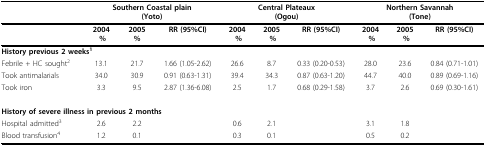
<table><thead><tr><td></td><td colspan="3"><b>Southern Coastal plain(Yoto)</b></td><td colspan="3"><b>Central Plateaux(Ogou)</b></td><td colspan="3"><b>Northern Savannah(Tone)</b></td></tr></thead><tbody><tr><td></td><td><b>2004</b><b> %</b></td><td><b>2005 </b><b>%</b></td><td><b>RR (95%CI)</b></td><td><b>2004</b><b> %</b></td><td><b>2005</b><b> %</b></td><td><b>RR (95%CI)</b></td><td><b>2004</b><b> %</b></td><td><b>2005</b><b> %</b></td><td><b>RR (95%CI)</b></td></tr><tr><td colspan="3"><b>History previous 2 weeks</b><sup><b>1</b></sup></td><td></td><td></td><td></td><td></td><td></td><td></td><td></td></tr><tr><td>Febrile + HC sought<sup>2</sup></td><td>13.1</td><td>21.7</td><td>1.66 (1.05-2.62)</td><td>26.6</td><td>8.7</td><td>0.33 (0.20-0.53)</td><td>28.0</td><td>23.6</td><td>0.84 (0.71-1.01)</td></tr><tr><td>Took antimalarials</td><td>34.0</td><td>30.9</td><td>0.91 (0.63-1.31)</td><td>39.4</td><td>34.3</td><td>0.87 (0.63-1.20)</td><td>44.7</td><td>40.0</td><td>0.89 (0.69-1.16)</td></tr><tr><td>Took iron</td><td>3.3</td><td>9.5</td><td>2.87 (1.36-6.08)</td><td>2.5</td><td>1.7</td><td>0.68 (0.29-1.58)</td><td>3.7</td><td>2.6</td><td>0.69 (0.30-1.61)</td></tr><tr><td colspan="4"><b>History of severe illness in previous 2 months</b></td><td></td><td></td><td></td><td></td><td></td><td></td></tr><tr><td>Hospital admitted<sup>3</sup></td><td>2.6</td><td>2.2</td><td></td><td>0.6</td><td>2.1</td><td></td><td>3.1</td><td>1.8</td><td></td></tr><tr><td>Blood transfusion<sup>4</sup></td><td>1.2</td><td>0.1</td><td></td><td>0.3</td><td>0.1</td><td></td><td>0.5</td><td>0.2</td><td></td></tr></tbody></table>